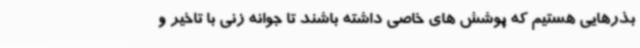
بذرهایی هستیم که پوشش های خاصی داشته باشند تا جوانه زنی با تاخیر و